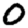
Digit: 0